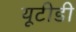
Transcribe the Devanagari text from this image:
यूटीडी